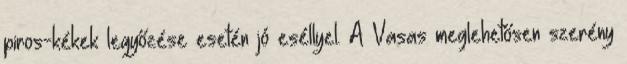
piros-kékek legyőzése esetén jó eséllyel. A Vasas meglehetősen szerény